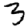
Digit: 3